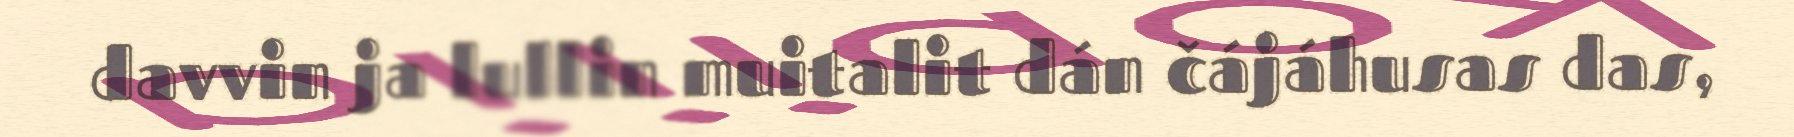
davvin ja lullin muitalit dán čájáhusas das,